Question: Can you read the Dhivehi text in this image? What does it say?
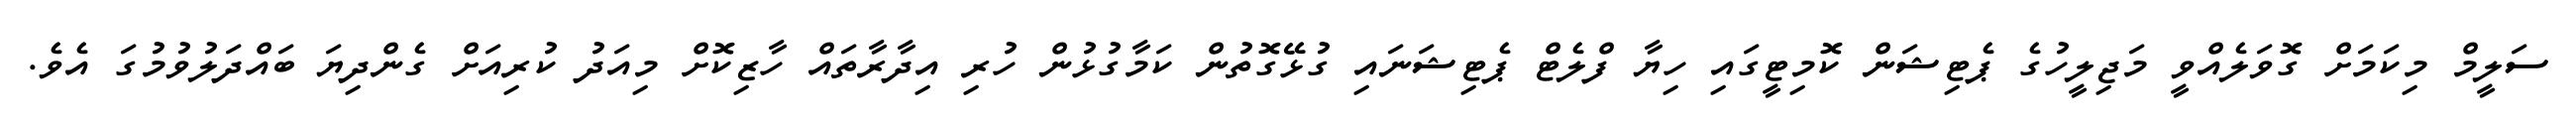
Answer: ސަލީމް މިކަމަށް ގޮވަލެއްވީ މަޖިލީހުގެ ޕެޓިޝަން ކޮމިޓީގައި ހިޔާ ފްލެޓް ޕެޓިޝަނައި ގުޅޭގޮތުން ކަމާގުޅުން ހުރި އިދާރާތައް ހާޒިކޮށް މިއަދު ކުރިއަށް ގެންދިޔަ ބައްދަލުވުމުގަ އެވެ.